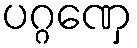
ပဂ္ဂဏှေ